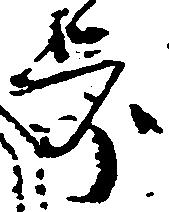
歩